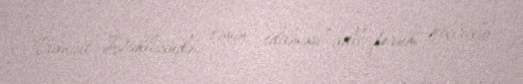
Tranzit Dəhlizində təmin edilməsi” adlı forum keçirilib.